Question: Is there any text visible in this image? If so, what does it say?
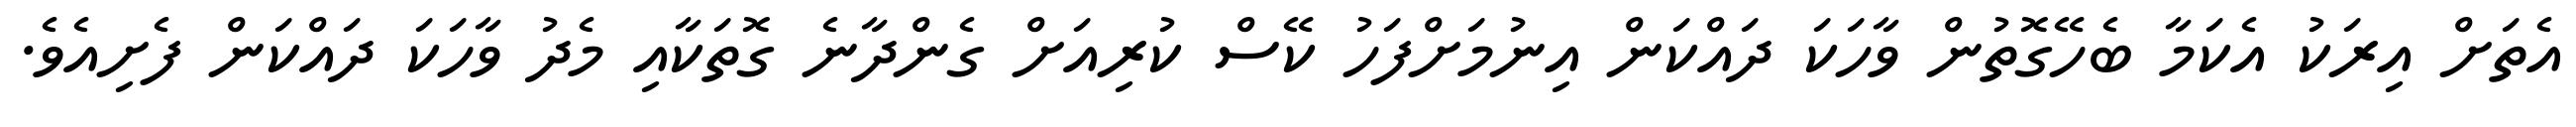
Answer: އެތަށް އިރަކު އެކަމާ ބެހޭގޮތުން ވާހަކަ ދައްކަން އިނުމަށްފަހު ކޭސް ކުރިއަށް ގެންދާނެ ގޮތަކާއި މެދު ވާހަކަ ދައްކަން ފެށިއެވެ.